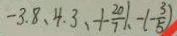
- 3 . 8 、 4 . 3 、 - \vert - \frac { 2 0 } { 7 } \vert 、 - ( - \frac { 3 } { 5 } )